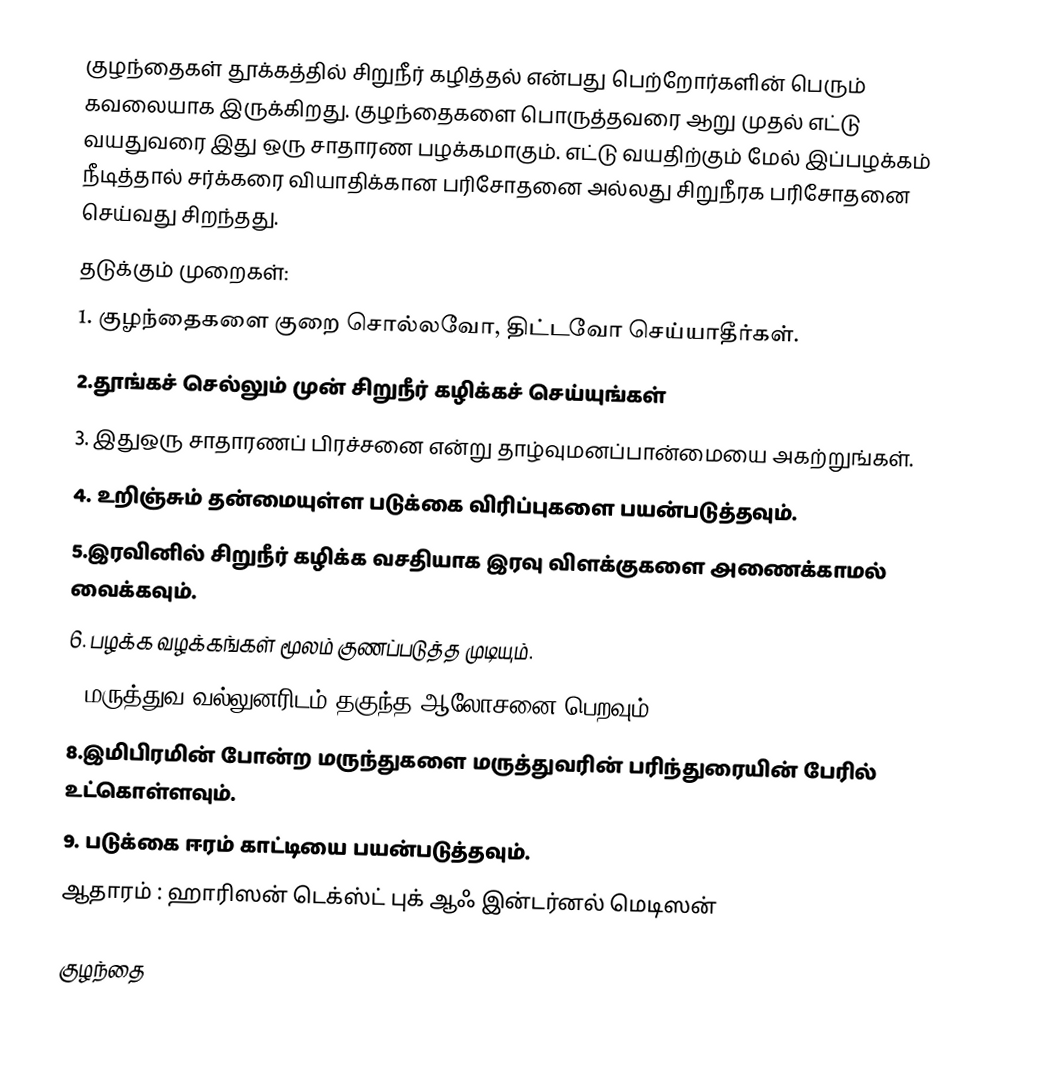
குழந்தைகள் தூக்கத்தில் சிறுநீர் கழித்தல் என்பது பெற்றோர்களின் பெரும் கவலையாக இருக்கிறது. குழந்தைகளை பொருத்தவரை ஆறு முதல் எட்டு வயதுவரை இது ஒரு சாதாரண பழக்கமாகும். எட்டு வயதிற்கும் மேல் இப்பழக்கம் நீடித்தால் சர்க்கரை வியாதிக்கான பரிசோதனை அல்லது சிறுநீரக பரிசோதனை செய்வது சிறந்தது.
தடுக்கும் முறைகள்:
1. குழந்தைகளை குறை சொல்லவோ, திட்டவோ செய்யாதீர்கள்.
2.தூங்கச் செல்லும் முன் சிறுநீர் கழிக்கச் செய்யுங்கள்
3. இதுஒரு சாதாரணப் பிரச்சனை என்று தாழ்வுமனப்பான்மையை அகற்றுங்கள்.
4. உறிஞ்சும் தன்மையுள்ள படுக்கை விரிப்புகளை பயன்படுத்தவும்.
5.இரவினில் சிறுநீர் கழிக்க வசதியாக இரவு விளக்குகளை அணைக்காமல் வைக்கவும்.
6. பழக்க வழக்கங்கள் மூலம் குணப்படுத்த முடியும்.
7.மருத்துவ வல்லுனரிடம் தகுந்த ஆலோசனை பெறவும்.
8.இமிபிரமின் போன்ற மருந்துகளை மருத்துவரின் பரிந்துரையின் பேரில் உட்கொள்ளவும்.
9. படுக்கை ஈரம் காட்டியை பயன்படுத்தவும்.
ஆதாரம் : ஹாரிஸன் டெக்ஸ்ட் புக் ஆஃ இன்டர்னல் மெடிஸன்

குழந்தை